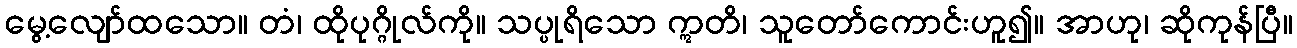
မွေ့လျော်ထသော။ တံ၊ ထိုပုဂ္ဂိုလ်ကို။ သပ္ပုရိသော ဣတိ၊ သူတော်ကောင်းဟူ၍။ အာဟု၊ ဆိုကုန်ပြီ။